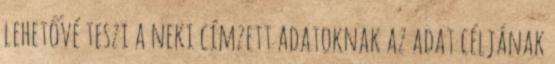
lehetővé teszi a neki címzett adatoknak az adat céljának